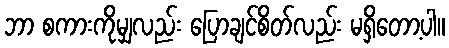
ဘာ စကားကိုမျှလည်း ပြောချင်စိတ်လည်း မရှိတော့ပါ။